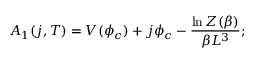
A _ { 1 } ( j , T ) = V ( \phi _ { c } ) + j \phi _ { c } - { \frac { \ln Z ( \beta ) } { \beta L ^ { 3 } } } ;